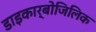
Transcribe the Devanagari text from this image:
डाइकार्बोजिलिक